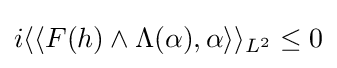
i\langle \langle F(h)\wedge \Lambda (\alpha ),\alpha \rangle \rangle _{L^{2}}\leq 0